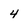
Character: 4